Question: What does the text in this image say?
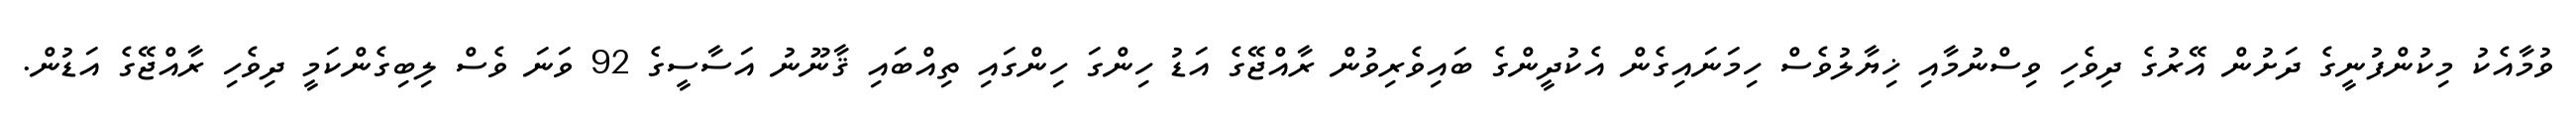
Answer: ވުމާއެކު މިކުންފުނީގެ ދަށުން އޭރުގެ ދިވެހި ވިސްނުމާއި ޚިޔާލުވެސް ހިމަނައިގެން އެކުދީންގެ ބައިވެރިވުން ރާއްޖޭގެ އަޑު ހިންގަ ހިންގައި ތިއްބައި ޤާނޫނު އަސާސީގެ 92 ވަނަ ވެސް ލިބިގެންކަމީ ދިވެހި ރާއްޖޭގެ އަޑުން.